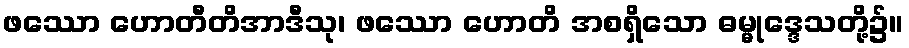
ဖဿော ဟောတီတိအာဒီသု၊ ဖဿော ဟောတိ အစရှိသော ဓမ္မုဒ္ဒေသတို့၌။